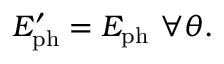
E _ { \mathrm { p h } } ^ { \prime } = E _ { \mathrm { p h } } \ \forall \theta .